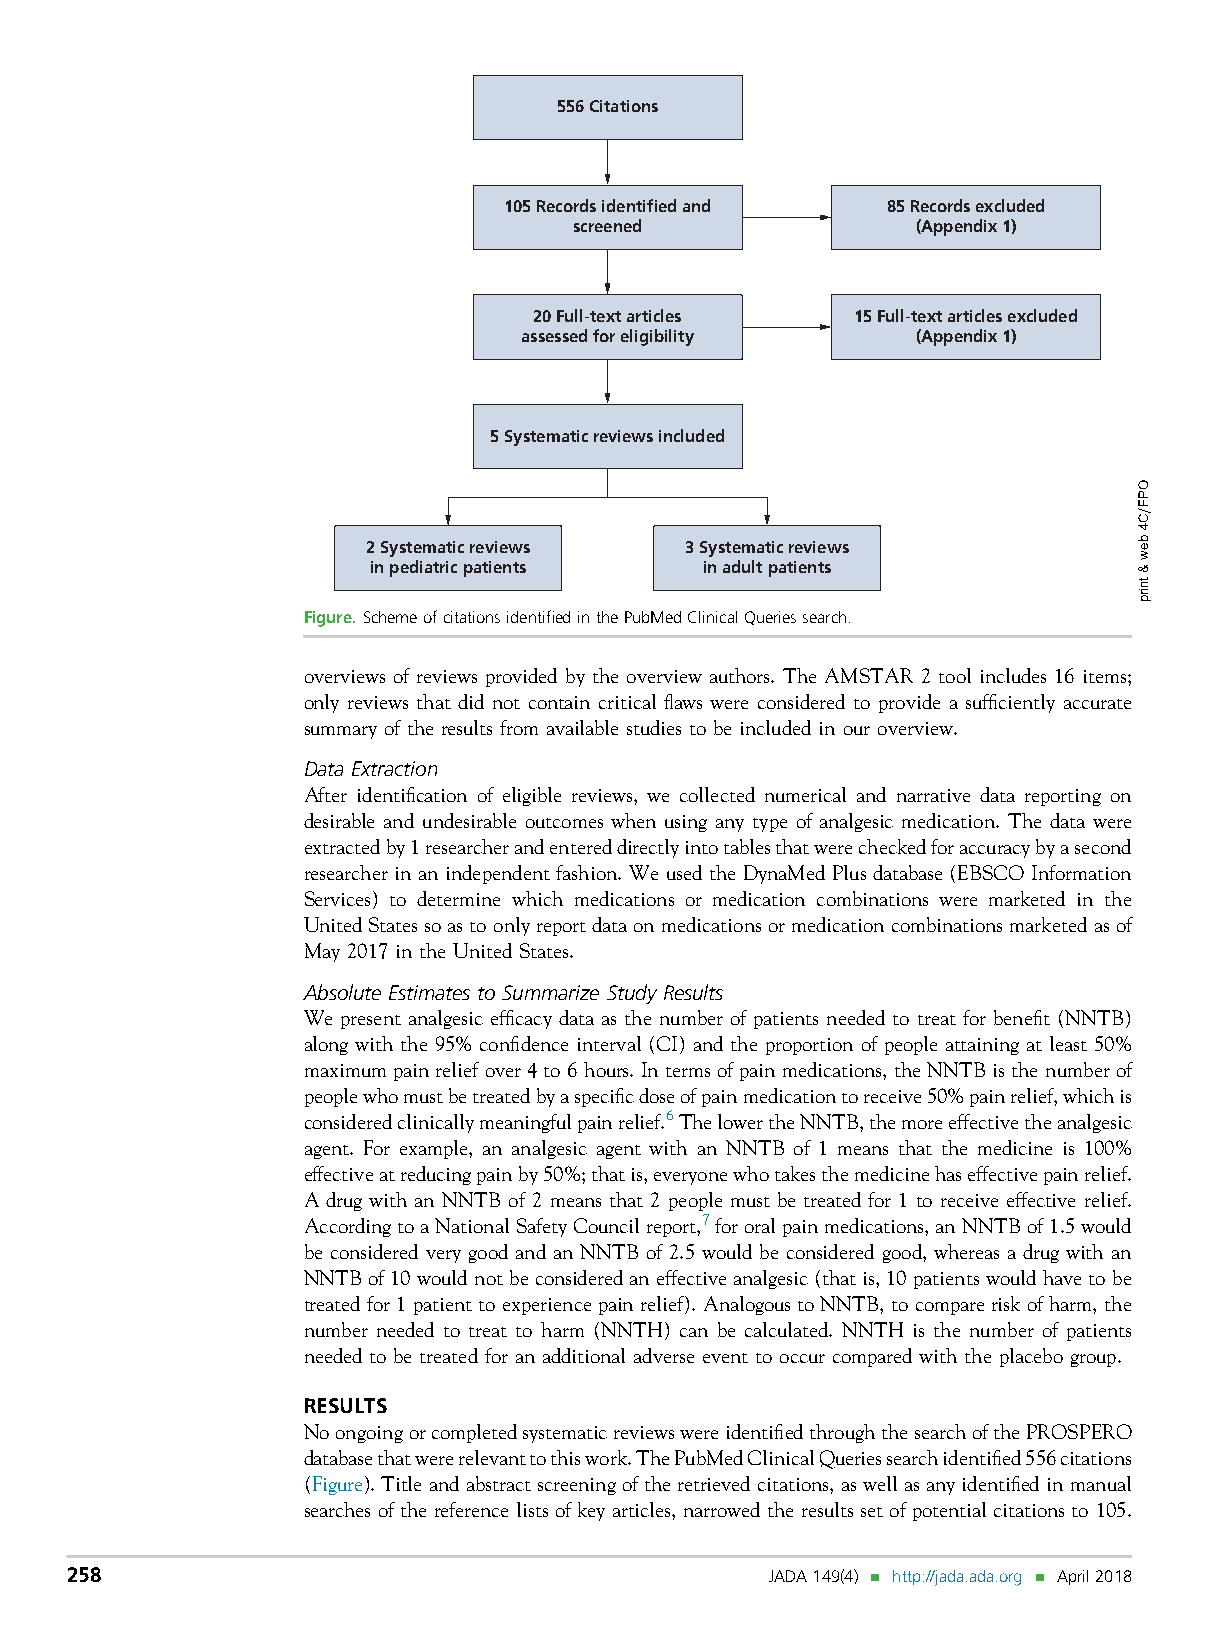
556 Citations
 105 Records identified and 85 Records excluded
 screened               (Appendix 1)
 20 Full-text articles 15 Full-text articles excluded
 assessed for eligibility   (Appendix 1)
 5 Systematic reviews included
 2 Systematic reviews 3 Systematic reviews
 in pediatric patients  in adult patients
 Figure.SchemeofcitationsidentifiedinthePubMedClinicalQueriessearch.
 overviews of reviews provided by the overview authors. The AMSTAR 2 tool includes 16 items;
 only reviews that did not contain critical flaws were considered to provide a sufficiently accurate
 summary of the results from available studies to be included in our overview.
 Data Extraction
 After identification of eligible reviews, we collected numerical and narrative data reporting on
 desirable and undesirable outcomes when using any type of analgesic medication. The data were
 extractedby1researcherandentereddirectlyintotablesthatwerecheckedforaccuracybyasecond
 researcher in an independent fashion. We used the DynaMed Plus database (EBSCO Information
 Services) to determine which medications or medication combinations were marketed in the
 UnitedStatessoastoonlyreportdata onmedicationsormedicationcombinationsmarketedasof
 May 2017 in the United States.
 Absolute Estimates to Summarize Study Results
 We present analgesic efficacy data as the number of patients needed to treat for benefit (NNTB)
 along with the 95% confidence interval (CI) and the proportion of people attaining at least 50%
 maximum pain relief over 4 to 6 hours. In terms of pain medications, the NNTB is the number of
 peoplewhomustbetreatedbyaspecificdoseofpainmedicationtoreceive50%painrelief,whichis
 consideredclinicallymeaningfulpainrelief.6ThelowertheNNTB,themoreeffectivetheanalgesic
 agent. For example, an analgesic agent with an NNTB of 1 means that the medicine is 100%
 effectiveatreducingpainby50%;thatis,everyonewhotakesthemedicinehaseffectivepainrelief.
 A drug with an NNTB of 2 means that 2 people must be treated for 1 to receive effective relief.
 AccordingtoaNationalSafetyCouncilreport,7fororalpainmedications,anNNTBof1.5would
 be considered very good and an NNTB of 2.5 would be considered good, whereas a drug with an
 NNTBof10 would notbe considered an effective analgesic (that is, 10 patientswouldhaveto be
 treated for 1 patient toexperience pain relief). Analogous to NNTB, to comparerisk ofharm, the
 number needed to treat to harm (NNTH) can be calculated. NNTH is the number of patients
 needed to be treated for an additional adverse event to occur compared with the placebo group.
 RESULTS
 NoongoingorcompletedsystematicreviewswereidentifiedthroughthesearchofthePROSPERO
 databasethatwererelevanttothiswork.ThePubMedClinicalQueriessearchidentified556citations
 (Figure).Title and abstractscreening of the retrieved citations, as well as any identified in manual
 searches of the reference lists of key articles, narrowed the results set of potential citations to 105.
 258                                            JADA149(4) n http://jada.ada.org n April2018
 OPF=C4bew&tnirp